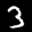
Label: 3